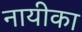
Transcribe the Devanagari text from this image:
नायीका